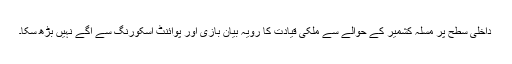
داخلی سطح پر مسلہ کشمیر کے حوالے سے ملکی قیادت کا رویہ بیان بازی اور پوائنٹ اسکورنگ سے آگے نہیں بڑھ سکا۔